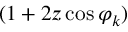
( 1 + 2 z \cos \varphi _ { k } )